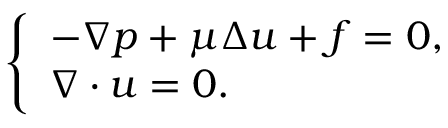
\left\{ \begin{array} { l } { - \nabla p + \mu \Delta \boldsymbol { u } + \boldsymbol { f } = 0 , } \\ { \nabla \cdot \boldsymbol { u } = 0 . } \end{array} \right.